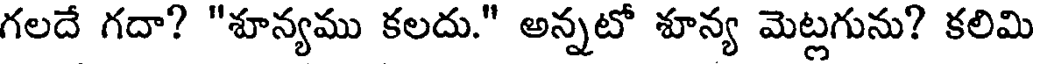
గలదే గదా? "శూన్యము కలదు." అన్నటో శూన్య మెట్లగును? కలిమి